Report on sanitation, dispensaries, and jails in Rajputana for 1912, and on vaccination for the year 1912-1913 - 1912-1913
Year: 1912
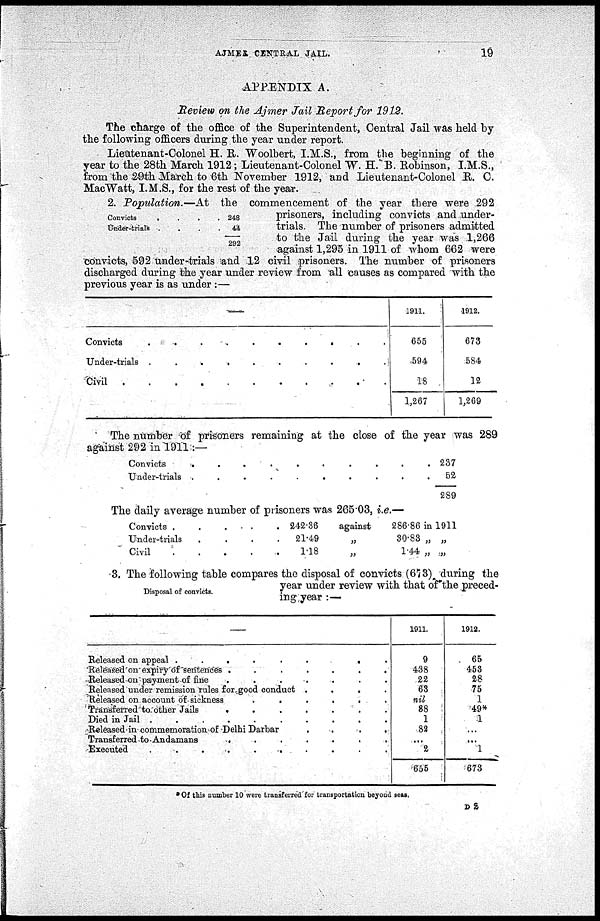
AJMER CENTRAL JAIL.
19
APPENDIX A.
Review on the Ajmer Jail Report for 1912.
The charge of the office of the Superintendent, Central Jail was held by
the following officers during the year under report.
Lieutenant-Colonel H. R. Woolbert, I.M.S., from the beginning of the
year to the 28th March 1912; Lieutenant-Colonel W. H. B. Robinson, I.M.S.,
from the 29th March to 6th November 1912, and Lieutenant-Colonel R. C.
MacWatt, I.M.S., for the rest of the year.
Convicts
. . . .
Under-trials .
.
.
.
248
44
292
2. Population.—At
the commencement of the year there were 292
prisoners, including convicts and under¬
trials. The number of prisoners admitted
to the Jail during the year was 1,266
against 1,295 in 1911 of whom 662 were
convicts, 592 under-trials and 12 civil prisoners. The number of prisoners
discharged during the year under review from all causes as compared with the
previous year is as under :—
Convicts . . . . . . . . . .
Under-trials . . . . . . . . . .
Civil .
.
.
.
.
.
.
.
.
.
1911.
655
594
18
1,267
1912.
673
584
12
1,269
The number of prisoners remaining at the close of the year was 289
against 292 in 1911:—
Convicts . . . . . . . . . .
Under-trials .
.
.
.
.
.
.
.
.
.
237
52
289
The daily average number of prisoners was 265.03, i.e.—
Convicts .
.
.
.
.
Under-trials
....
Civil
.
.
.
.
.
242.36
21.49
118
against
„
„
286.86 in 1911
30.83 „ „
1.44 „ „
Disposal of convicts.
3. The following table compares the disposal of convicts (673) during the
year under review with that of the preced-
ing year :—
—
Released on appeal
.
.
.
.
.
.
Released on expiry of sentences .
.
.
.
.
.
.
Released on payment of fine .
.
.
.
.
.
.
Released under remission rules for good conduct .
.
.
.
Released on account of sickness
.
.
.
.
.
.
Transferred to other Jails
.
.
.
.
.
.
.
Died in Jail
.
.
.
.
.
.
.
Released in commemoration of Delhi Darbar
.
.
.
.
Transferred to Andamans
.
.
.
.
.
.
.
Executed
.
.
.
.
.
.
.
.
.
1911.
9
438
22
63
nil
88
1
82
...
2
655
1912.
65
463
28
75
1
49*
1
...
...
1
673
* Of this number 10 were transferred for transportation beyond seas.
D 2